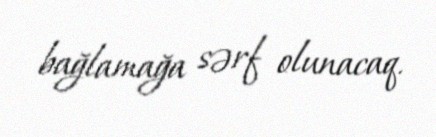
bağlamağa sərf olunacaq.